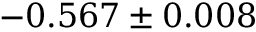
- 0 . 5 6 7 \pm 0 . 0 0 8